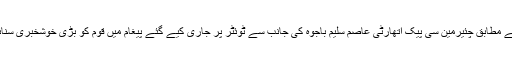
تفصیلات کے مطابق چئیرمین سی پیک اتھارٹی عاصم سلیم باجوہ کی جانب سے ٹوئٹر پر جاری کیے گئے پیغام میں قوم کو بڑی خوشخبری سنائی گئی ہے۔